画像に写った文字を読んでください
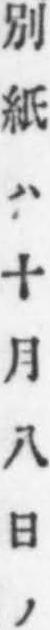
「別紙ハ十月八日ノ」と書いてあります